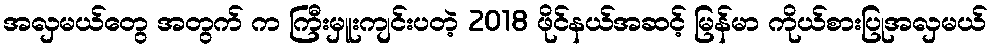
အလှမယ်တွေ အတွက် က ကြီးမှူးကျင်းပတဲ့ 2018 ဖိုင်နယ်အဆင့် မြန်မာ ကိုယ်စားပြုအလှမယ်